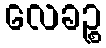
လေခဉ္စ